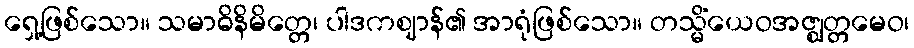
ရှေ့ဖြစ်သော။ သမာဓိနိမိတ္တေ၊ ပါဒကဈာန်၏ အာရုံဖြစ်သော။ တသ္မိံယေဝအဇ္ဈတ္တမေဝ၊